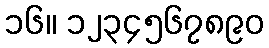
၁၆။ ၁၂၃၄၅၆၇၈၉၀